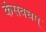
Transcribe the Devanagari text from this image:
कंसवधम्